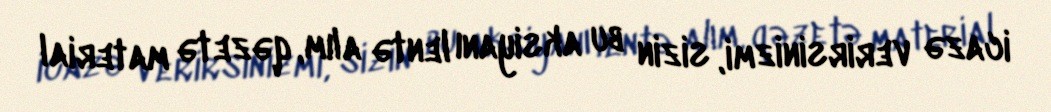
icazə verirsinizmi, sizin bu aksiyanı lentə alım, qəzetə material